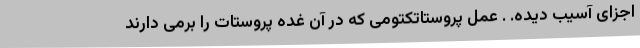
اجزای آسیب دیده. . عمل پروستاتکتومی که در آن غده پروستات را برمی دارند